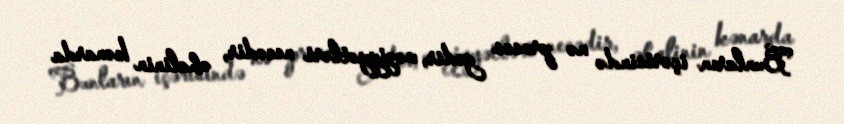
Bunların içərisində nə proses gedir, vəziyyətləri necədir, əhalinin kənarda